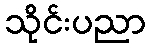
သိုင်းပညာ